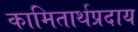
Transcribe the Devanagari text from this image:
कामितार्थप्रदाय